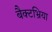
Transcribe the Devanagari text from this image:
बैक्टभ्रिया